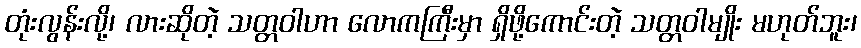
တုံးလွန်းလို့၊ လားဆိုတဲ့ သတ္တဝါဟာ လောကကြီးမှာ ရှိဖို့ကောင်းတဲ့ သတ္တဝါမျိုး မဟုတ်ဘူး၊